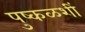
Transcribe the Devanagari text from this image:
पुष्कळशीं